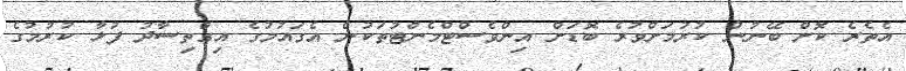
އެތެރެ ކޮށް ބޭނުން ކުރުމަށްވުރެ ބޮޑަށް އިންވެސްޓްމެންޓުތަކުން އެގައުމުގެ އިގްތިސާދު ފުޅާ ކުރުމުގެ